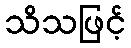
သိသဖြင့်